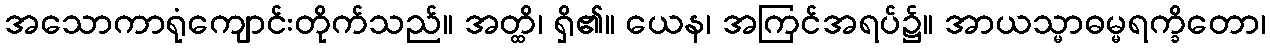
အသောကာရုံကျောင်းတိုက်သည်။ အတ္ထိ၊ ရှိ၏။ ယေန၊ အကြင်အရပ်၌။ အာယသ္မာဓမ္မရက္ခိတော၊